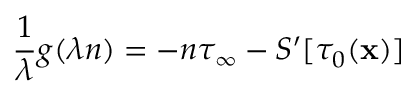
{ \frac { 1 } { \lambda } } g ( \lambda n ) = - n \tau _ { \infty } - S ^ { \prime } [ \tau _ { 0 } ( { \bf x } ) ]